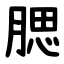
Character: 腮